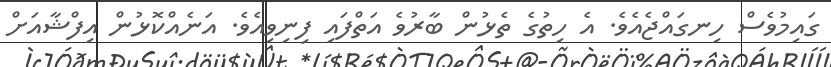
ގައިމުވެސް ހިނގައްޖެއެވެ. އެ ހިތުގެ ތެޅުން ބާރުވެ އަތްފައި ފިނިވިއެވެ. އަނެއްކޮޅުން އިފްޝާއަށް